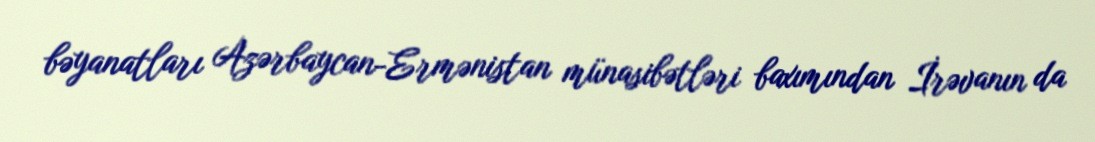
bəyanatları Azərbaycan-Ermənistan münasibətləri baxımından İrəvanın da